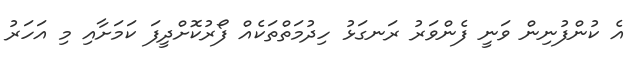
އެ ކުންފުނިން ވަނީ ފެންވަރު ރަނގަޅު ހިދުމަތްތަކެއް ފޯރުކޮށްދީފަ ކަމަށާއި މި އަހަރު